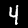
Label: 4